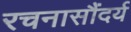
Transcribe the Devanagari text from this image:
रचनासौंदर्य